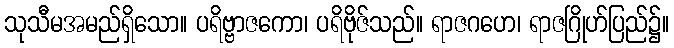
သုသီမအမည်ရှိသော။ ပရိဗ္ဗာဇကော၊ ပရိဗိုဇ်သည်။ ရာဇဂဟေ၊ ရာဇဂြိုဟ်ပြည်၌။